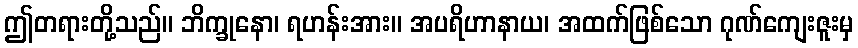
ဤတရားတို့သည်။ ဘိက္ခုနော၊ ရဟန်းအား။ အပရိဟာနာယ၊ အထက်ဖြစ်သော ဂုဏ်ကျေးဇူးမှ